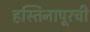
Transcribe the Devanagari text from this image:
हस्तिनापूरची